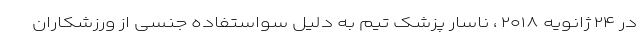
در ۲۴ ژانویه ۲۰۱۸ ، ناسار پزشک تیم به دلیل سواستفاده جنسی از ورزشکاران